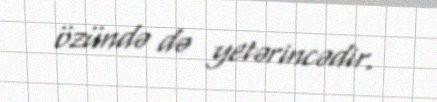
özündə də yetərincədir.